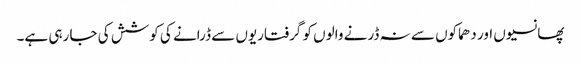
پھانسیوں اور دھماکوں سے نہ ڈرنے والوں کو گرفتاریوں سے ڈرانے کی کوشش کی جا رہی ہے۔